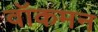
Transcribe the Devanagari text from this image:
वॉकमन